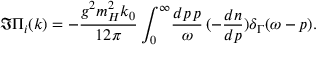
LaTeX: \Im \Pi _ { i } ( k ) = - \frac { g ^ { 2 } m _ { H } ^ { 2 } k _ { 0 } } { 1 2 \pi } \int _ { 0 } ^ { \infty } \! \frac { d p \, p } { \omega } \, ( - \frac { d n } { d p } ) \delta _ { \Gamma } ( \omega - p ) .